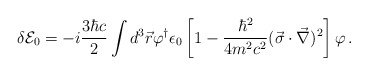
\begin{align*}\delta {\cal E}_0=-i\frac{3\hbar c}{2}\int d^3\vec{r}\varphi^{\dagger}\epsilon_0\left[1-\frac{\hbar^2}{4m^2 c^2}(\vec{\sigma}\cdot\vec{\nabla})^2\right]\varphi\,{.}\end{align*}